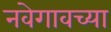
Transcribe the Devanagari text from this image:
नवेगावच्या